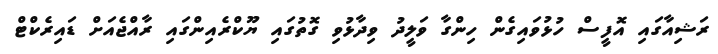
ރަޝިއާގައި އޮފީސް ހުޅުވައިގެން ހިންގާ ވަލީދު ވިދާޅުވި ގޮތުގައި ޔޫކްރެއިންގައި ރާއްޖެއަށް ޑައިރެކްޓް